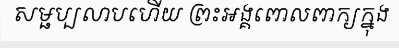
សម្ផប្បលាបហើយ ព្រះអង្គពោលពាក្យក្នុង